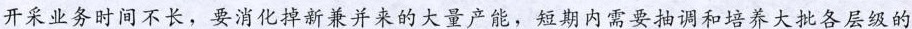
开采业务时间不长，要消化掉新兼并来的大量产能，短期内需要抽调和培养大批各层级的